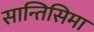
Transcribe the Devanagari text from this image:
सान्तिसिमा